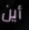
أين